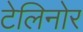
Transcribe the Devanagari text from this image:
टेलिनोर